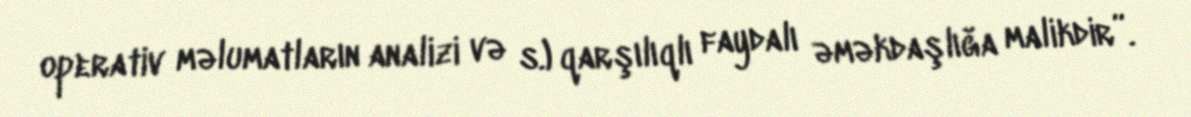
operativ məlumatların analizi və s.) qarşılıqlı faydalı əməkdaşlığa malikdir”.